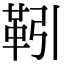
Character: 靷